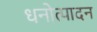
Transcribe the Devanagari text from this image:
धनोत्पादन